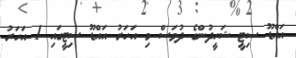
އައްޑޫ ސިޓީ ޝަހީދުންގެ ދުވަސް މި އަހަރު އައްޑޫ ސިޓީގައި 1 އަހަރު